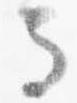
馬